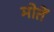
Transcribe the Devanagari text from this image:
मोतें